Indian journal of veterinary science and animal husbandry - Volumes 15-17, 1948-1951
Year: 1948
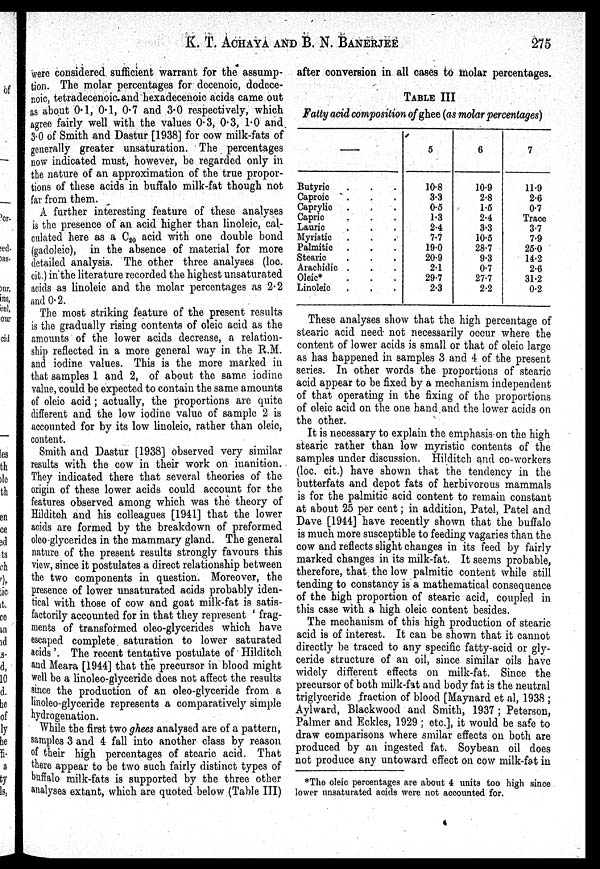
K. T. ACHAYA AND B. N. BANERJEE 275
were considered sufficient warrant for the assump-
tion. The molar percentages for decenoic, dodece-
noic, tetradecenoic and hexadecenoic acids came out
as about 0.1, 0.1, 0.7 and 3.0 respectively, which
agree fairly well with the values 0.3, 0.3, 1.0 and
3.0 of Smith and Dastur [1938] for cow milk-fats of
generally greater unsaturation. The percentages
now indicated must, however, be regarded only in
the nature of an approximation of the true propor-
tions of these acids in buffalo milk-fat though not
far from them.
A further interesting feature of these analyses
is the presence of an acid higher than linoleic, cal-
culated here as a C 20 acid with one double bond
(gadoleic), in the absence of material for more
detailed analysis. The other three analyses (loc.
cit.) in the literature recorded the highest unsaturated
acids as linoleic and the molar percentages as 2.2
and 0.2.
The most striking feature of the present results
is the gradually rising contents of oleic acid as the
amounts of the lower acids decrease, a relation-
ship reflected in a more general way in the R.M.
and iodine values. This is the more marked in
that samples 1 and 2, of about the same iodine
value, could be expected to contain the same amounts
of oleic acid; actually, the proportions are quite
different and the low iodine value of sample 2 is
accounted for by its low linoleic, rather than oleic,
content.
Smith and Dastur [1938] observed very similar
results with the cow in their work on inanition.
They indicated there that several theories of the
origin of these lower acids could account for the
features observed among which was the theory of
Hilditch and his colleagues [1941] that the lower
acids are formed by the breakdown of preformed
oleo-glycerides in the mammary gland. The general
nature of the present results strongly favours this
view, since it postulates a direct relationship between
the two components in question. Moreover, the
presence of lower unsaturated acids probably iden-
tical with those of cow and goat milk-fat is satis-
factorily accounted for in that they represent 'frag-
ments of transformed oleo-glycerides which have
escaped complete saturation to lower saturated
acids'. The recent tentative postulate of Hilditch
and Meara [1944] that the precursor in blood might
well be a linoleo-glyceride does not affect the results
since the production of an oleo-glyceride from a
linoleo-glyceride represents a comparatively simple
hydrogenation.
While the first two ghees analysed are of a pattern,
samples 3 and 4 fall into another class by reason
of their high percentages of stearic acid. That
there appear to be two such fairly distinct types of
buffalo milk-fats is supported by the three other
analyses extant, which are quoted below (Table III)
after conversion in all cases to molar percentages.
TABLE III
Fatty acid composition of ghee (as molar percentages)
—
Butyric . . .
Caproic. . .
Caprylio. . .
Capric . . .
Laurie. . .
Myristic. . .
Palmitic. . .
Stearic. . .
Arachidic . . .
Oleic*. . .
Linoleic. . .
5
10.8
3.3
0.5
1.3
2.4
7.7
19.0
20.9
2.1
29.7
2.3
6
10.9
2.8
1.5
2.4
3.3
10.5
28.7
9.3
0.7
27.7
2.2
7
11.9
2.6
0.7
Trace
3.7
7.9
25.0
14.2
2.6
31.2
0.2
These analyses show that the high percentage of
stearic acid need not necessarily occur where the
content of lower acids is small or that of oleic large
as has happened in samples 3 and 4 of the present
series. In other words the proportions of stearic
acid appear to be fixed by a mechanism independent
of that operating in the fixing of the proportions
of oleic acid on the one hand and the lower acids on
the other.
It is necessary to explain the emphasis- on the high
stearic rather than low myristic contents of the
samples under discussion. Hilditch and co-workers
(loc. cit.) have shown that the tendency in the
butterfats and depot fats of herbivorous mammals
is for the palmitic acid content to remain constant
at about 25 per cent; in addition, Patel, Patel and
Dave [1944] have recently shown that the buffalo
is much more susceptible to feeding vagaries than the
cow and reflects slight changes in its feed by fairly
marked changes in its milk-fat. It seems probable,
therefore, that the low palmitic content while still
tending to constancy is a mathematical consequence
of the high proportion of stearic acid, coupled in
this case with a high oleic content besides.
The mechanism of this high production of stearic
acid is of interest. It can be shown that it cannot
directly be traced to any specific fatty-acid or gly-
ceride structure of an oil, since similar oils have
widely different effects on milk-fat. Since the
precursor of both milk-fat and body fat is the neutral
triglyceride fraction of blood [Maynard et al, 1938;
Aylward, Blackwood and Smith, 1937; Peterson,
Palmer and Eckles, 1929; etc.], it would be safe to
draw comparisons where smilar effects on both are
produced by an ingested fat. Soybean oil does
not produce any untoward effect on cow milk-fat in
*The oleic percentages are about 4 units too high since
lower unsaturated acids were not accounted for.